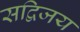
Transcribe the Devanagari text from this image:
सद्विजय